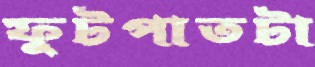
ফুটপাতটা